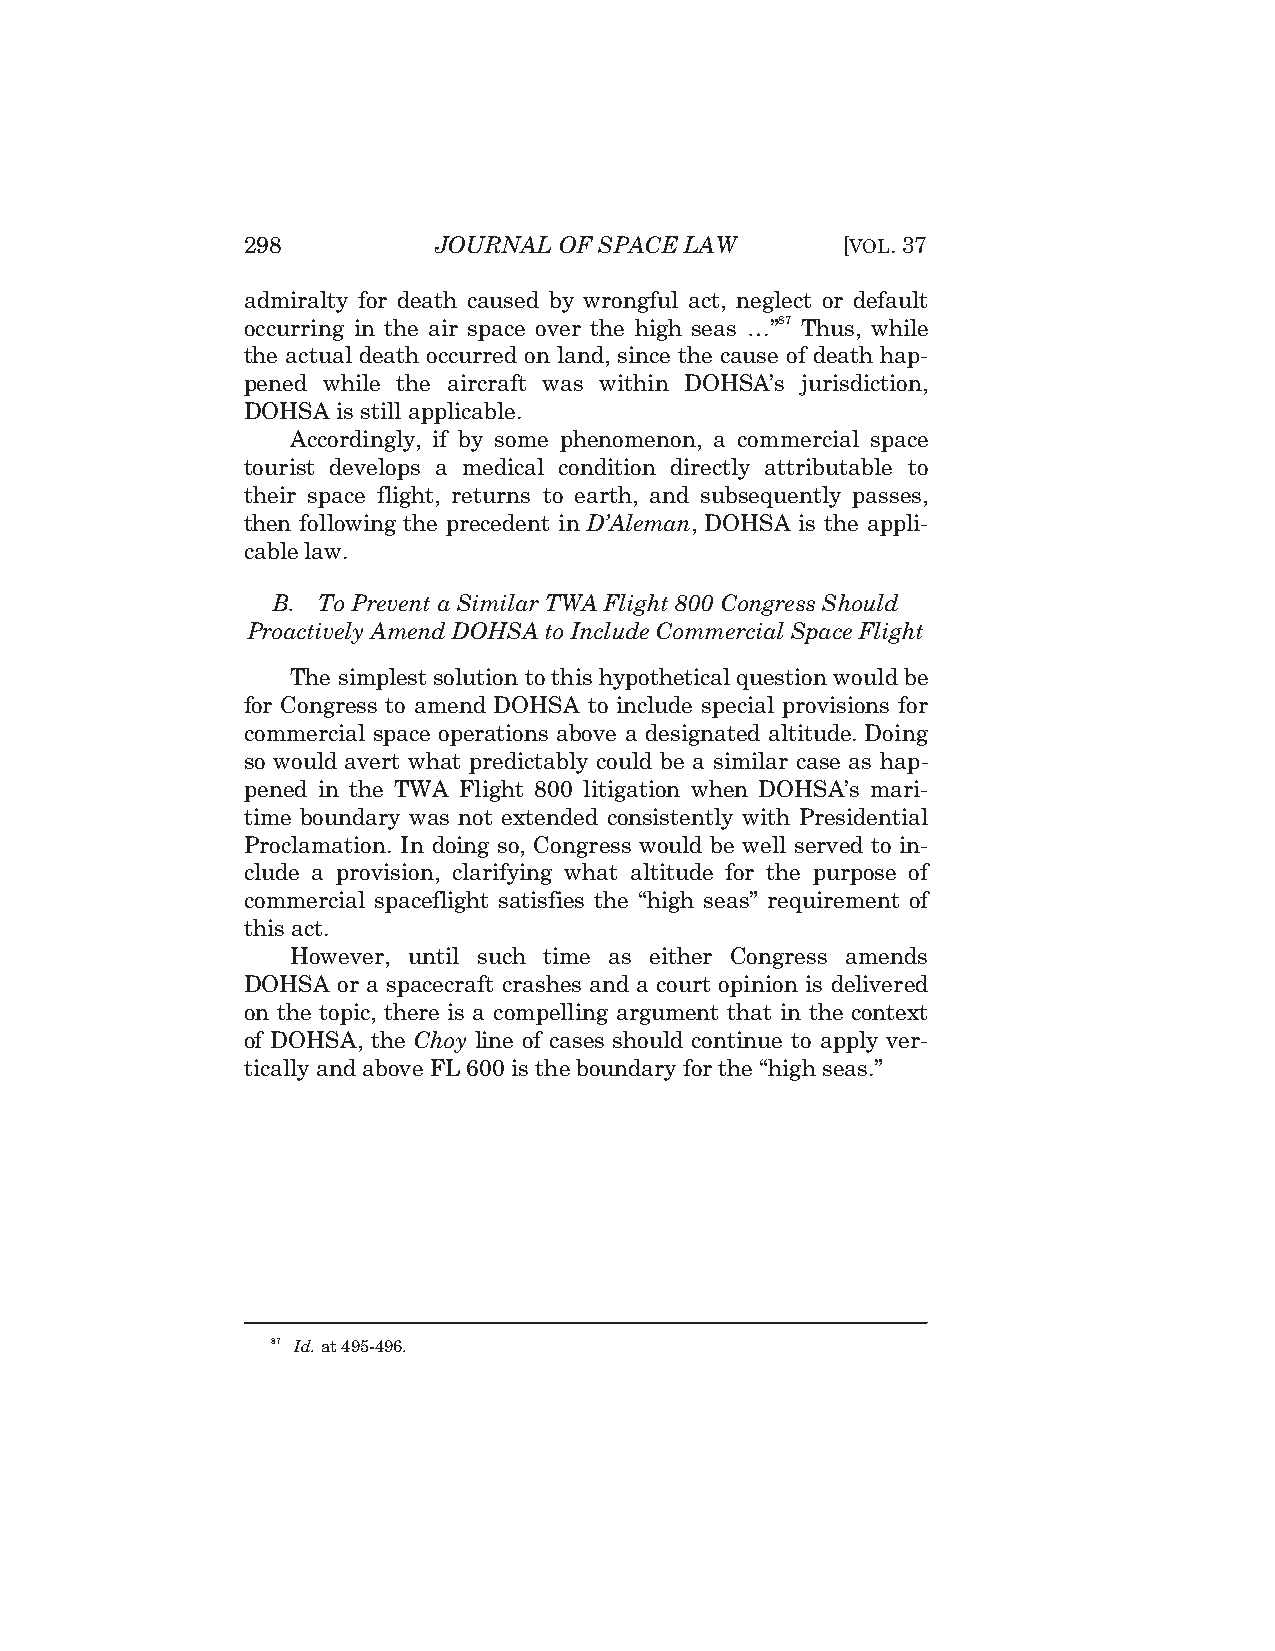
298          JOURNAL OF SPACE LAW       [VOL. 37
 admiralty for death caused by wrongful act, neglect or default
 occurring in the air space over the high seas …”87 Thus, while
 the actual death occurred on land, since the cause of death hap-
 pened while the aircraft was within DOHSA’s jurisdiction,
 DOHSA is still applicable.
 Accordingly, if by some phenomenon, a commercial space
 tourist develops a medical condition directly attributable to
 their space flight, returns to earth, and subsequently passes,
 then following the precedent in D’Aleman, DOHSA is the appli-
 cable law.
 B. To Prevent a Similar TWA Flight 800 Congress Should
 Proactively Amend DOHSA to Include Commercial Space Flight
 The simplest solution to this hypothetical question would be
 for Congress to amend DOHSA to include special provisions for
 commercial space operations above a designated altitude. Doing
 so would avert what predictably could be a similar case as hap-
 pened in the TWA Flight 800 litigation when DOHSA’s mari-
 time boundary was not extended consistently with Presidential
 Proclamation. In doing so, Congress would be well served to in-
 clude a provision, clarifying what altitude for the purpose of
 commercial spaceflight satisfies the “high seas” requirement of
 this act.
 However, until such time as either Congress amends
 DOHSA or a spacecraft crashes and a court opinion is delivered
 on the topic, there is a compelling argument that in the context
 of DOHSA, the Choy line of cases should continue to apply ver-
 tically and above FL 600 is the boundary for the “high seas.”
 87 Id. at 495-496.